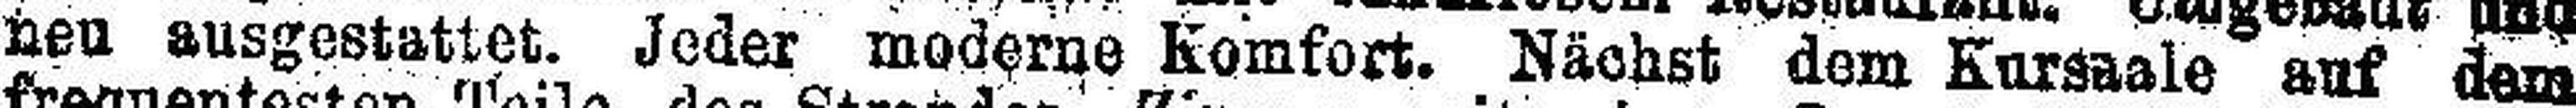
neu ausgestattet. Jeder moderne Komfort. Nächst dem Kursaele auf dem